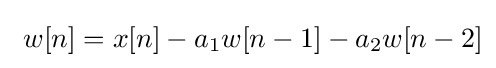
\ w[n]=x[n]-a_{1}w[n-1]-a_{2}w[n-2]